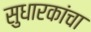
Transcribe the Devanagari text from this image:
सुधारकांचा